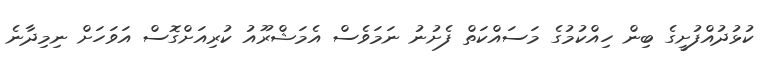
ކުޅުދުއްފުށީގެ ބިން ހިއްކުމުގެ މަސައްކަތް ފެށުނު ނަމަވެސް އެމަޝްރޫއު ކުރިއަށްގޮސް އަވަހަށް ނިމިދާނެ